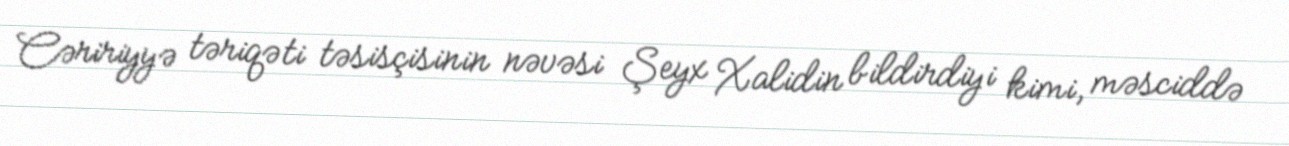
Cəririyyə təriqəti təsisçisinin nəvəsi Şeyx Xalidin bildirdiyi kimi, məsciddə